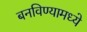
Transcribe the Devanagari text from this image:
बनविण्यामध्ये